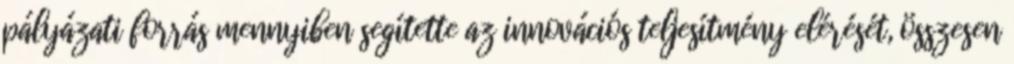
pályázati forrás mennyiben segítette az innovációs teljesítmény elérését, összesen